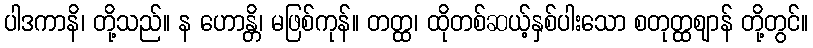
ပါဒကာနိ၊ တို့သည်။ န ဟောန္တိ၊ မဖြစ်ကုန်။ တတ္ထ၊ ထိုတစ်ဆယ့်နှစ်ပါးသော စတုတ္ထဈာန် တို့တွင်။